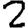
Digit: 2